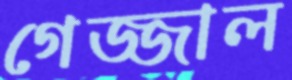
গেজ্জাল